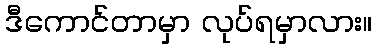
ဒီကောင်တာမှာ လုပ်ရမှာလား။